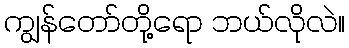
ကျွန်တော်တို့ရော ဘယ်လိုလဲ။